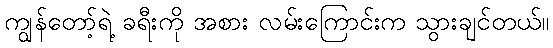
ကျွန်တော့်ရဲ့ ခရီးကို အစား လမ်းကြောင်းက သွားချင်တယ်။